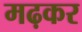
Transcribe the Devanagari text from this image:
मढ़कर